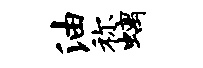
油称螭